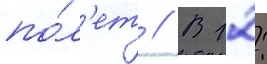
по́л'ет // В 12: